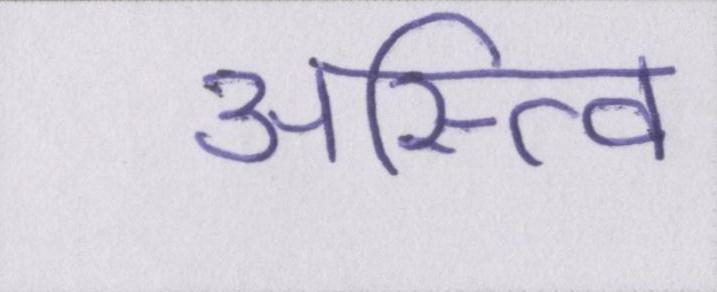
अस्त्वि